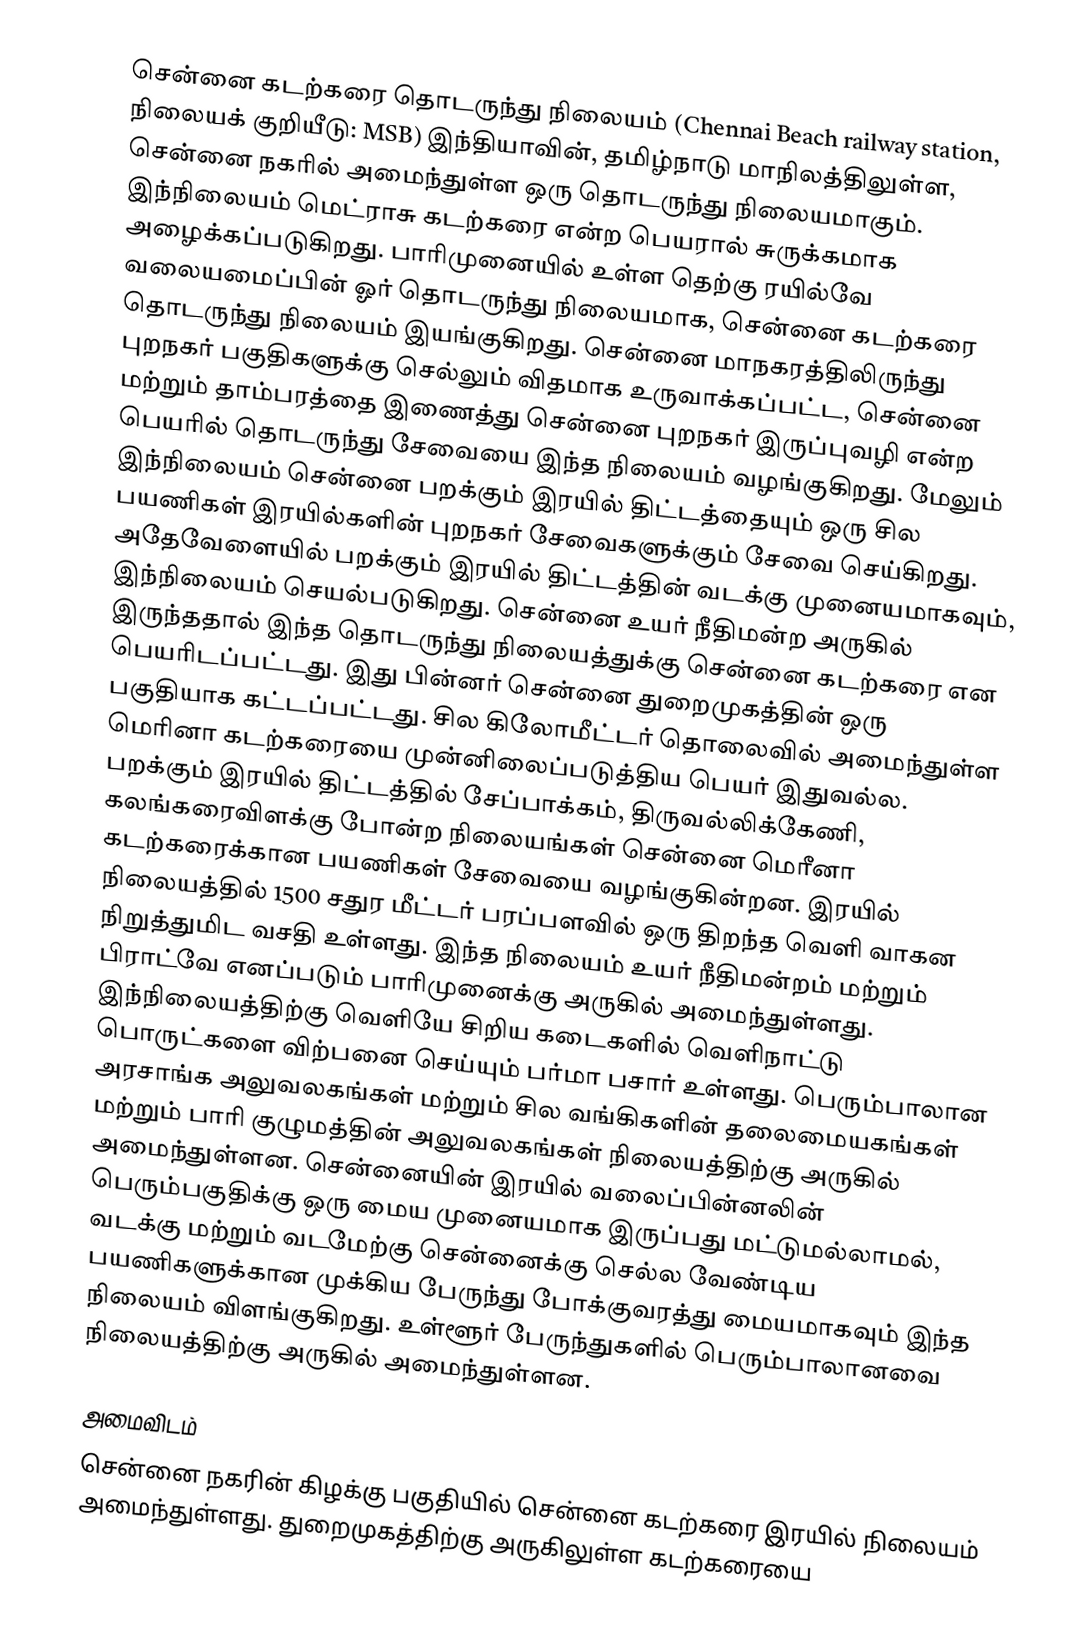
சென்னை கடற்கரை தொடருந்து நிலையம் (Chennai Beach railway station, நிலையக் குறியீடு: MSB) இந்தியாவின், தமிழ்நாடு மாநிலத்திலுள்ள, சென்னை நகரில் அமைந்துள்ள ஒரு தொடருந்து நிலையமாகும். இந்நிலையம் மெட்ராசு கடற்கரை என்ற பெயரால் சுருக்கமாக அழைக்கப்படுகிறது. பாரிமுனையில் உள்ள தெற்கு ரயில்வே வலையமைப்பின் ஓர் தொடருந்து நிலையமாக, சென்னை கடற்கரை தொடருந்து நிலையம் இயங்குகிறது. சென்னை மாநகரத்திலிருந்து புறநகர் பகுதிகளுக்கு செல்லும் விதமாக உருவாக்கப்பட்ட, சென்னை மற்றும் தாம்பரத்தை இணைத்து சென்னை புறநகர் இருப்புவழி என்ற பெயரில் தொடருந்து சேவையை இந்த நிலையம் வழங்குகிறது. மேலும் இந்நிலையம் சென்னை பறக்கும் இரயில் திட்டத்தையும் ஒரு சில பயணிகள் இரயில்களின் புறநகர் சேவைகளுக்கும் சேவை செய்கிறது. அதேவேளையில் பறக்கும் இரயில் திட்டத்தின் வடக்கு முனையமாகவும், இந்நிலையம் செயல்படுகிறது. சென்னை உயர் நீதிமன்ற அருகில் இருந்ததால் இந்த தொடருந்து நிலையத்துக்கு சென்னை கடற்கரை என பெயரிடப்பட்டது. இது பின்னர் சென்னை துறைமுகத்தின் ஒரு பகுதியாக கட்டப்பட்டது. சில கிலோமீட்டர் தொலைவில் அமைந்துள்ள மெரினா கடற்கரையை முன்னிலைப்படுத்திய பெயர் இதுவல்ல. பறக்கும் இரயில் திட்டத்தில் சேப்பாக்கம், திருவல்லிக்கேணி, கலங்கரைவிளக்கு போன்ற நிலையங்கள் சென்னை மெரீனா கடற்கரைக்கான பயணிகள் சேவையை வழங்குகின்றன. இரயில் நிலையத்தில் 1500 சதுர மீட்டர் பரப்பளவில் ஒரு திறந்த வெளி வாகன நிறுத்துமிட வசதி உள்ளது. இந்த நிலையம் உயர் நீதிமன்றம் மற்றும் பிராட்வே எனப்படும் பாரிமுனைக்கு அருகில் அமைந்துள்ளது. இந்நிலையத்திற்கு வெளியே சிறிய கடைகளில் வெளிநாட்டு பொருட்களை விற்பனை செய்யும் பர்மா பசார் உள்ளது. பெரும்பாலான அரசாங்க அலுவலகங்கள் மற்றும் சில வங்கிகளின் தலைமையகங்கள் மற்றும் பாரி குழுமத்தின் அலுவலகங்கள் நிலையத்திற்கு அருகில் அமைந்துள்ளன. சென்னையின் இரயில் வலைப்பின்னலின் பெரும்பகுதிக்கு ஒரு மைய முனையமாக இருப்பது மட்டுமல்லாமல், வடக்கு மற்றும் வடமேற்கு சென்னைக்கு செல்ல வேண்டிய பயணிகளுக்கான முக்கிய பேருந்து போக்குவரத்து மையமாகவும் இந்த நிலையம் விளங்குகிறது. உள்ளூர் பேருந்துகளில் பெரும்பாலானவை நிலையத்திற்கு அருகில் அமைந்துள்ளன.

அமைவிடம்
சென்னை நகரின் கிழக்கு பகுதியில் சென்னை கடற்கரை இரயில் நிலையம் அமைந்துள்ளது. துறைமுகத்திற்கு அருகிலுள்ள கடற்கரையை